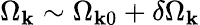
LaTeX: \Omega_{\mathbf{k}}\sim\Omega_{\mathbf{k}0}+\delta\Omega_{\mathbf{k}}